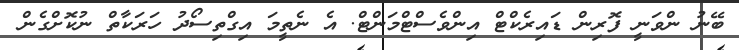
ބޭނު ންވަނީ ފޮރިން ޑައިރެކްޓް އިންވެސްޓްމަންޓް. އެ ނެތީމަ އިގްތިސޯދު ހަރަކާތް ނުކޮށްގެން